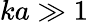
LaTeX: ka\gg 1